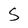
Character: S